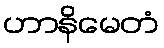
ဟာနိမေတံ